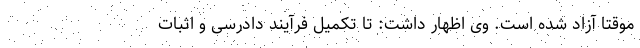
موقتا آزاد شده است. وی اظهار داشت: تا تکمیل فرآیند دادرسی و اثبات